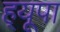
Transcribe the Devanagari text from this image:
ह्‌यूपा